Vaccination United Provinces of Agra and Oudh 1923-1928 - 1923-1928
Year: 1923
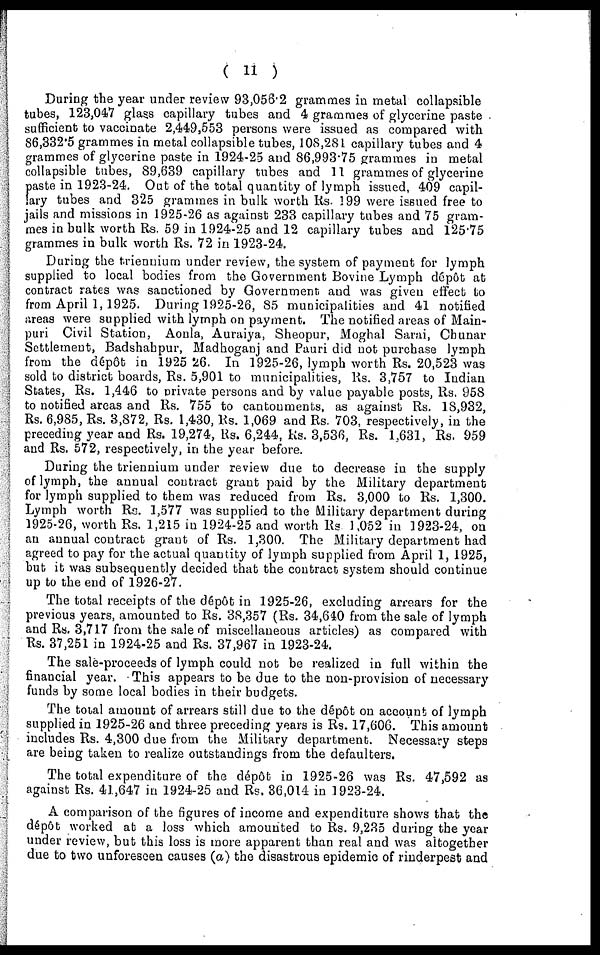
(
11)
During the year under review 93,056.2 grammes in metal collapsible
tubes, 123,047 glass capillary tubes and 4 grammes of glycerine paste
sufficient to vaccinate 2,449,553 persons were issued as compared with
86,332.5 grammes in metal collapsible tubes, 108,281 capillary tubes and 4
grammes of glycerine paste in 1924-25 and 86,993.75 grammes in metal
collapsible tubes, 89,639 capillary tubes and 11 grammes of glycerine
paste in 1923-24. Out of the total quantity of lymph issued, 409 capil-
lary tubes and 325 grammes in bulk worth Rs. 199 were issued free to
jails and missions in 1925-26 as against 233 capillary tubes and 75 gram-
mes in bulk worth Rs. 59 in 1924-25 and 12 capillary tubes and 125.75
grammes in bulk worth Rs. 72 in 1923-24.
During the triennium under review, the system of payment for lymph
supplied to local bodies from the Government Bovine Lymph dépôt at
contract rates was sanctioned by Government and was given effect to
from April 1,1925. During 1925-26, 85 municipalities and 41 notified
areas were supplied with lymph on payment. The notified areas of Main¬
puri Civil Station, Aonla, Auraiya, Sheopur, Moghal Sarai, Chunar
Settlement, Badshahpur, Madhoganj and Pauri did not purchase lymph
from the dépôt in 1925 26. In 1925-26, lymph worth Rs. 20,523 was
sold to district boards, Rs. 5,901 to municipalities, Rs. 3,757 to Indian
States, Rs. 1,446 to private persons and by value payable posts, Rs. 958
to notified areas and Rs. 755 to cantonments, as against Rs. 18,932,
Rs. 6,985, Rs. 3,872, Rs. 1,430, Rs. 1,069 and Rs. 703, respectively, in the
preceding year and Rs. 19,274, Rs. 6,244, Rs. 3,536, Rs. 1,631, Rs. 959
and Rs. 572, respectively, in the year before.
During the triennium under review due to decrease in the supply
of lymph, the annual contract grant paid by the Military department
for lymph supplied to them was reduced from Rs. 3,000 to Rs. 1,300.
Lymph worth Rs. 1,577 was supplied to the Military department during
1925-26, worth Rs. 1,215 in 1924-25 and worth Rs. 1,052 in 1923-24, on
an annual contract grant of Rs. 1,300. The Military department had
agreed to pay for the actual quantity of lymph supplied from April 1, 1925,
but it was subsequently decided that the contract system should continue
up to the end of 1926-27.
The total receipts of the dépôt in 1925-26, excluding arrears for the
previous years, amounted to Rs. 38,357 (Rs. 34,640 from the sale of lymph
and Rs. 3,717 from the sale of miscellaneous articles) as compared with
Rs. 37,251 in 1924-25 and Rs. 37,967 in 1923-24.
The sale-proceeds of lymph could not be realized in full within the
financial year. This appears to be due to the non-provision of necessary
funds by some local bodies in their budgets.
The total amount of arrears still due to the dépôt on account of lymph
supplied in 1925-26 and three preceding years is Rs. 17,606. This amount
includes Rs. 4,300 due from the Military department. Necessary steps
are being taken to realize outstandings from the defaulters.
The total expenditure of the dépôt in 1925-26 was Rs. 47,592 as
against Rs. 41,647 in 1924-25 and Rs. 36,014 in 1923-24.
A comparison of the figures of income and expenditure shows that the
dépôt worked at a loss which amounted to Rs. 9,235 during the year
under review, but this loss is more apparent than real and was altogether
due to two unforeseen causes (a) the disastrous epidemic of rinderpest and